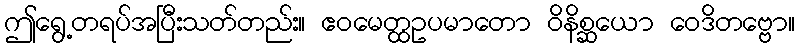
ဤရွေ့တရပ်အပြီးသတ်တည်း။ ဧဝမေတ္ထဥပမာတော ဝိနိစ္ဆယော ဝေဒိတဗ္ဗော။